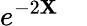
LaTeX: e^{-2{\mathbf{X}}}\quad